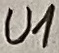
Text: U1